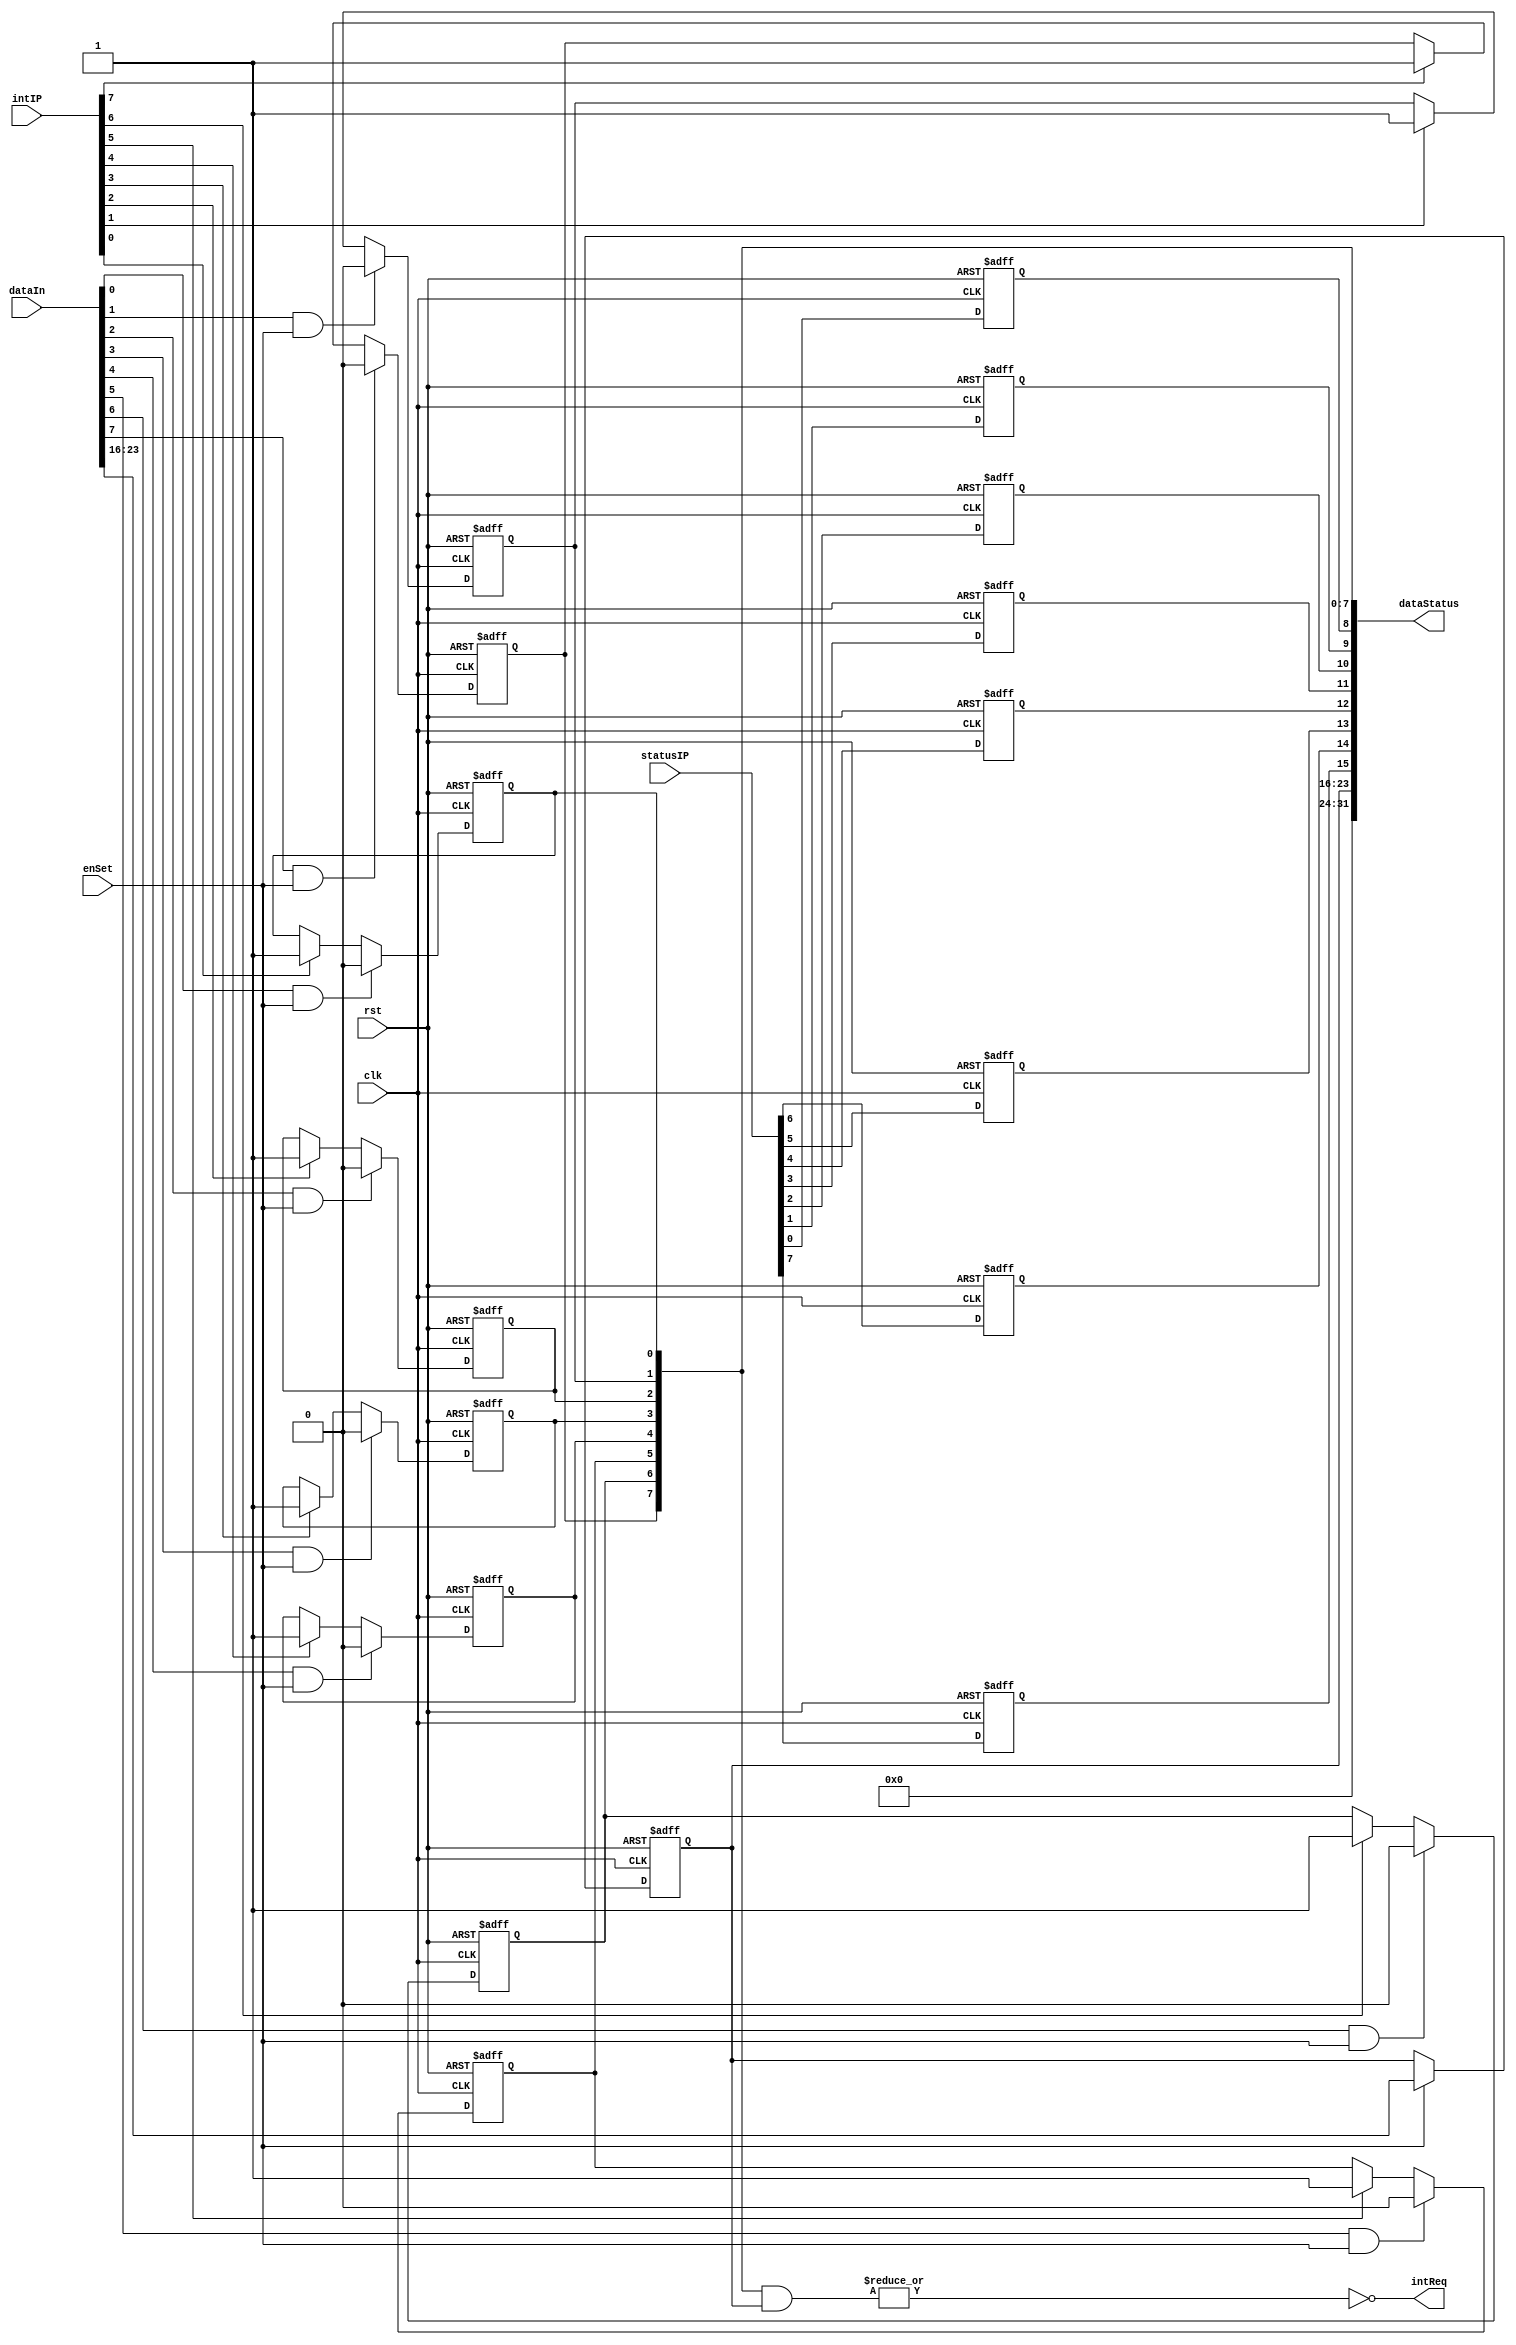

/*
-------------------------------------------------------------------------------------------------
|                                   STATUS/INTERRUPTION FLAGS                                   |
-------------------------------------------------------------------------------------------------
|     7     |     6     |     5     |     4     |     3     |     2     |     1     |     0     |
-------------------------------------------------------------------------------------------------
|     UD    |     UD    |     UD    |     UD    |     UD    |     UD    |     UD    |   Done    |
-------------------------------------------------------------------------------------------------
|     15    |     14    |     13    |     12    |     11    |     10    |     9     |     8     |
-------------------------------------------------------------------------------------------------
|     UD    |     UD    |     UD    |     UD    |     UD    |     UD    |     UD    |   Busy    |
-------------------------------------------------------------------------------------------------
UD = User Define
*/

module aipStatus
(
  clk,
  rst,
  enSet,
  dataIn,
  intIP,
  statusIP,
  dataStatus,
  intReq
);

  localparam REGWIDTH = 'd32;
  localparam STATUSFLAGS = 'd8;
  localparam INTFLAGS = 'd8;

  input clk;
  input rst;
  input enSet;
  input [REGWIDTH-1:0] dataIn;
  input [INTFLAGS-1:0] intIP;
  input [STATUSFLAGS-1:0] statusIP;
  output [REGWIDTH-1:0] dataStatus;
  output intReq;

  reg [STATUSFLAGS-1:0] regStatus;
  reg [INTFLAGS-1:0] regInt;
  wire [INTFLAGS-1:0] wireInt;
  reg [INTFLAGS-1:0] regMaskInt;
  wire [INTFLAGS-1:0] wireMaskInt;

  assign dataStatus = {8'h00, regMaskInt,regStatus, regInt};
  assign intReq = ~|(regInt & regMaskInt);
  assign wireInt = dataIn[7:0];
  assign wireMaskInt = dataIn[23:16];

  genvar i;
  generate
    for (i=0; i<STATUSFLAGS; i=i+1) begin : buff
      always @ (posedge clk or negedge rst) begin
        if(!rst)
          regStatus[i] <= 1'b0;
        else begin
          regStatus[i] <= statusIP[i];
        end
      end
      always @ (posedge clk or negedge rst) begin
        if(!rst)
          regInt[i] <= 1'b0;
        else begin
          if (wireInt[i] & enSet)
            regInt[i] <= 1'b0;
          else if (intIP[i])
            regInt[i] <= 1'b1;
          else
            regInt[i] <= regInt[i];
        end
      end
    end
  endgenerate

  always @(posedge clk or negedge rst) begin
    if(!rst)
      regMaskInt <= {INTFLAGS{1'b0}};
    else if(enSet)
      regMaskInt <= wireMaskInt;
  end
endmodule

module aipParametricMux
(
  data_in,
  sel,
  data_out
);

  parameter DATAWIDTH = 32;
  parameter SELBITS = 2;

  input [((2**SELBITS)*DATAWIDTH)-1:0] data_in;
  input [SELBITS-1:0] sel;
  output [DATAWIDTH-1:0] data_out;

  wire [DATAWIDTH-1:0] data_mux [0:((2**SELBITS)-1)];

  genvar index;
  generate
    for (index = 0; index < (2**SELBITS); index = index + 1) begin : MUX
      assign data_mux[index][DATAWIDTH-1:0] = data_in[(DATAWIDTH*index)+(DATAWIDTH-1):DATAWIDTH*index];
    end
  endgenerate

  assign data_out = data_mux[sel];
endmodule

module aipId
(
  clk,
  data_IP_ID
);

  parameter SIZE_REG = 'd32;
  parameter ID = 32'h00001001;

  input wire clk;
  output reg [SIZE_REG-1:0] data_IP_ID;

  always @(posedge clk)
      data_IP_ID <= ID;
endmodule

module aipConfigurationRegister
(
  reset,
  writeClock,
  writeEnable,
  writeAddress,
  dataInput,
  dataOutput
);
  parameter DATAWIDTH = 32;
  parameter REGISTERS = 4; // MAX 4

  localparam ADDRWIDTH = 3;

  input reset;
  input writeClock;
  input writeEnable;
  input [(ADDRWIDTH-1):0] writeAddress;
  input [(DATAWIDTH-1):0] dataInput;
  output wire [(((REGISTERS+1)*DATAWIDTH)-1):0] dataOutput;

  reg [(DATAWIDTH-1):0] regConfig [0:REGISTERS];
  reg [(DATAWIDTH-1):0] regConfigStreaming;

  assign dataOutput[(DATAWIDTH*REGISTERS) +: DATAWIDTH] = regConfigStreaming;

  genvar i;
  generate
  for (i=0; i<REGISTERS; i=i+1) begin: OUTPUTCONF
      assign dataOutput[(DATAWIDTH*i) +: DATAWIDTH] = regConfig[i];
  end
  endgenerate

  always @(posedge writeClock or negedge reset) begin
    if(!reset) begin : RESETREGCONF
      integer j;
      for (j=0; j<REGISTERS; j=j+1) begin
        regConfig[j] <= 'd0;
      end
      regConfigStreaming <= 'd0;
    end
    else begin
      if (writeEnable) begin
        if ('d4==writeAddress) begin
          regConfigStreaming <= dataInput;
        end
        else begin
          regConfig[writeAddress] <= dataInput;
        end
      end
    end
  end
endmodule